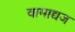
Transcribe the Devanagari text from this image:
वामाद्यज